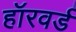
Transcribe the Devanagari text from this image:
हॉरवर्ड